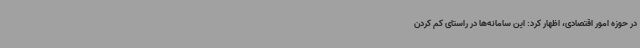
در حوزه امور اقتصادی، اظهار کرد: این سامانه‌ها در راستای کم کردن